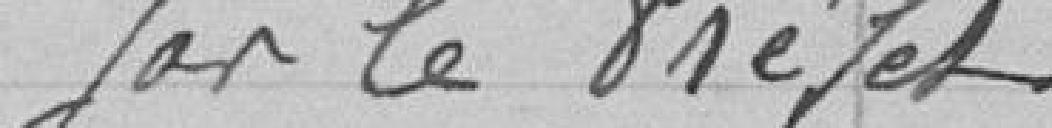
par le Préfet